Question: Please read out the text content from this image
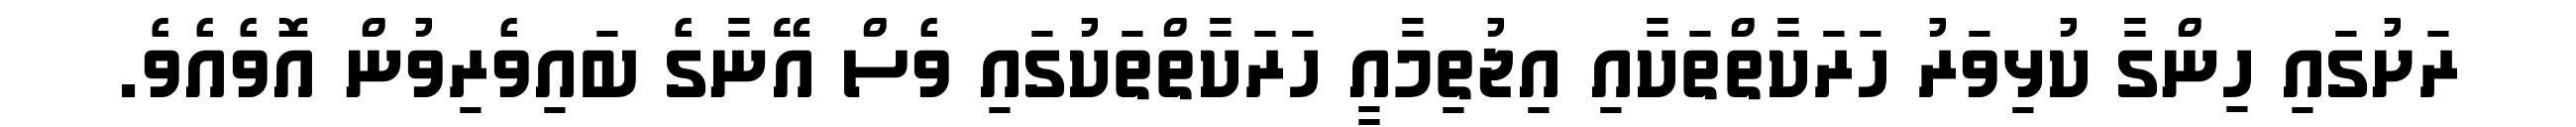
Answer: ރަށުގައި ހިންގާ ކުޅިވަރު ހަރަކާތްތަކާއި އިޖުތިމާއީ ހަރަކާތްތަކުގައި ވެސް އޭނާގެ ބައިވެރިވުން އޮވެއެވެ.